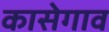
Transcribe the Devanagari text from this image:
कासेगाव